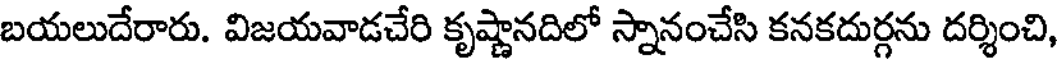
బయలుదేరారు. విజయవాడచేరి కృష్ణానదిలో స్నానంచేసి కనకదుర్గను దర్శించి,